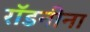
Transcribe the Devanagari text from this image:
रॉडनीना